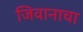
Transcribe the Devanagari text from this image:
जिवानाचा